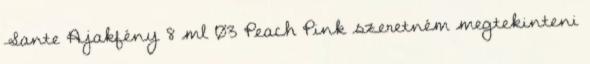
Sante Ajakfény 8 ml 03 Peach Pink szeretném megtekinteni